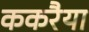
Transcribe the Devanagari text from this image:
ककरैया